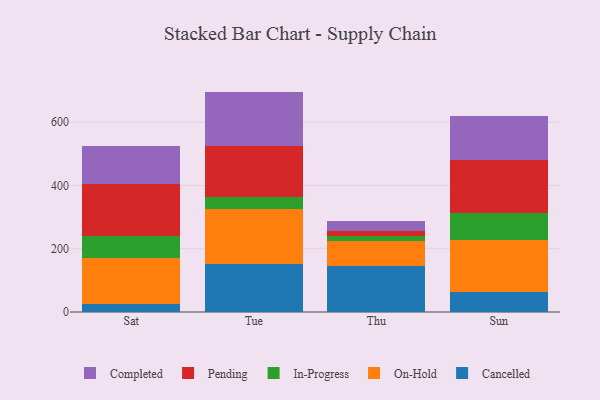
{"axis": {"x": "Day", "y": "Conversion Rate (%)"}, "legend": ["Cancelled", "Completed", "In-Progress", "On-Hold", "Pending"], "data": [{"x": "Sat", "y": 25.2, "type": "Cancelled"}, {"x": "Sat", "y": 145.5, "type": "On-Hold"}, {"x": "Sat", "y": 70.6, "type": "In-Progress"}, {"x": "Sat", "y": 163.6, "type": "Pending"}, {"x": "Sat", "y": 120.8, "type": "Completed"}, {"x": "Tue", "y": 150.2, "type": "Cancelled"}, {"x": "Tue", "y": 174.9, "type": "On-Hold"}, {"x": "Tue", "y": 36.9, "type": "In-Progress"}, {"x": "Tue", "y": 163.4, "type": "Pending"}, {"x": "Tue", "y": 171.2, "type": "Completed"}, {"x": "Thu", "y": 145.2, "type": "Cancelled"}, {"x": "Thu", "y": 78.4, "type": "On-Hold"}, {"x": "Thu", "y": 15.5, "type": "In-Progress"}, {"x": "Thu", "y": 16.0, "type": "Pending"}, {"x": "Thu", "y": 33.5, "type": "Completed"}, {"x": "Sun", "y": 63.9, "type": "Cancelled"}, {"x": "Sun", "y": 164.6, "type": "On-Hold"}, {"x": "Sun", "y": 85.8, "type": "In-Progress"}, {"x": "Sun", "y": 166.8, "type": "Pending"}, {"x": "Sun", "y": 139.6, "type": "Completed"}]}